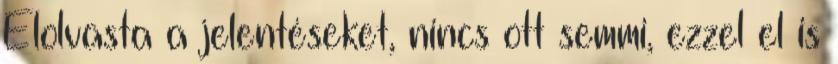
Elolvasta a jelentéseket, nincs ott semmi, ezzel el is